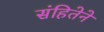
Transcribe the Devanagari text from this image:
संहितेने